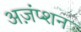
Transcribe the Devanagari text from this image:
अज़ंप्शन